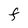
Character: F